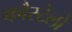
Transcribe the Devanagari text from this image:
कौस्टेलो